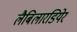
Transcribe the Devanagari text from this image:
लैबिलारडियेर